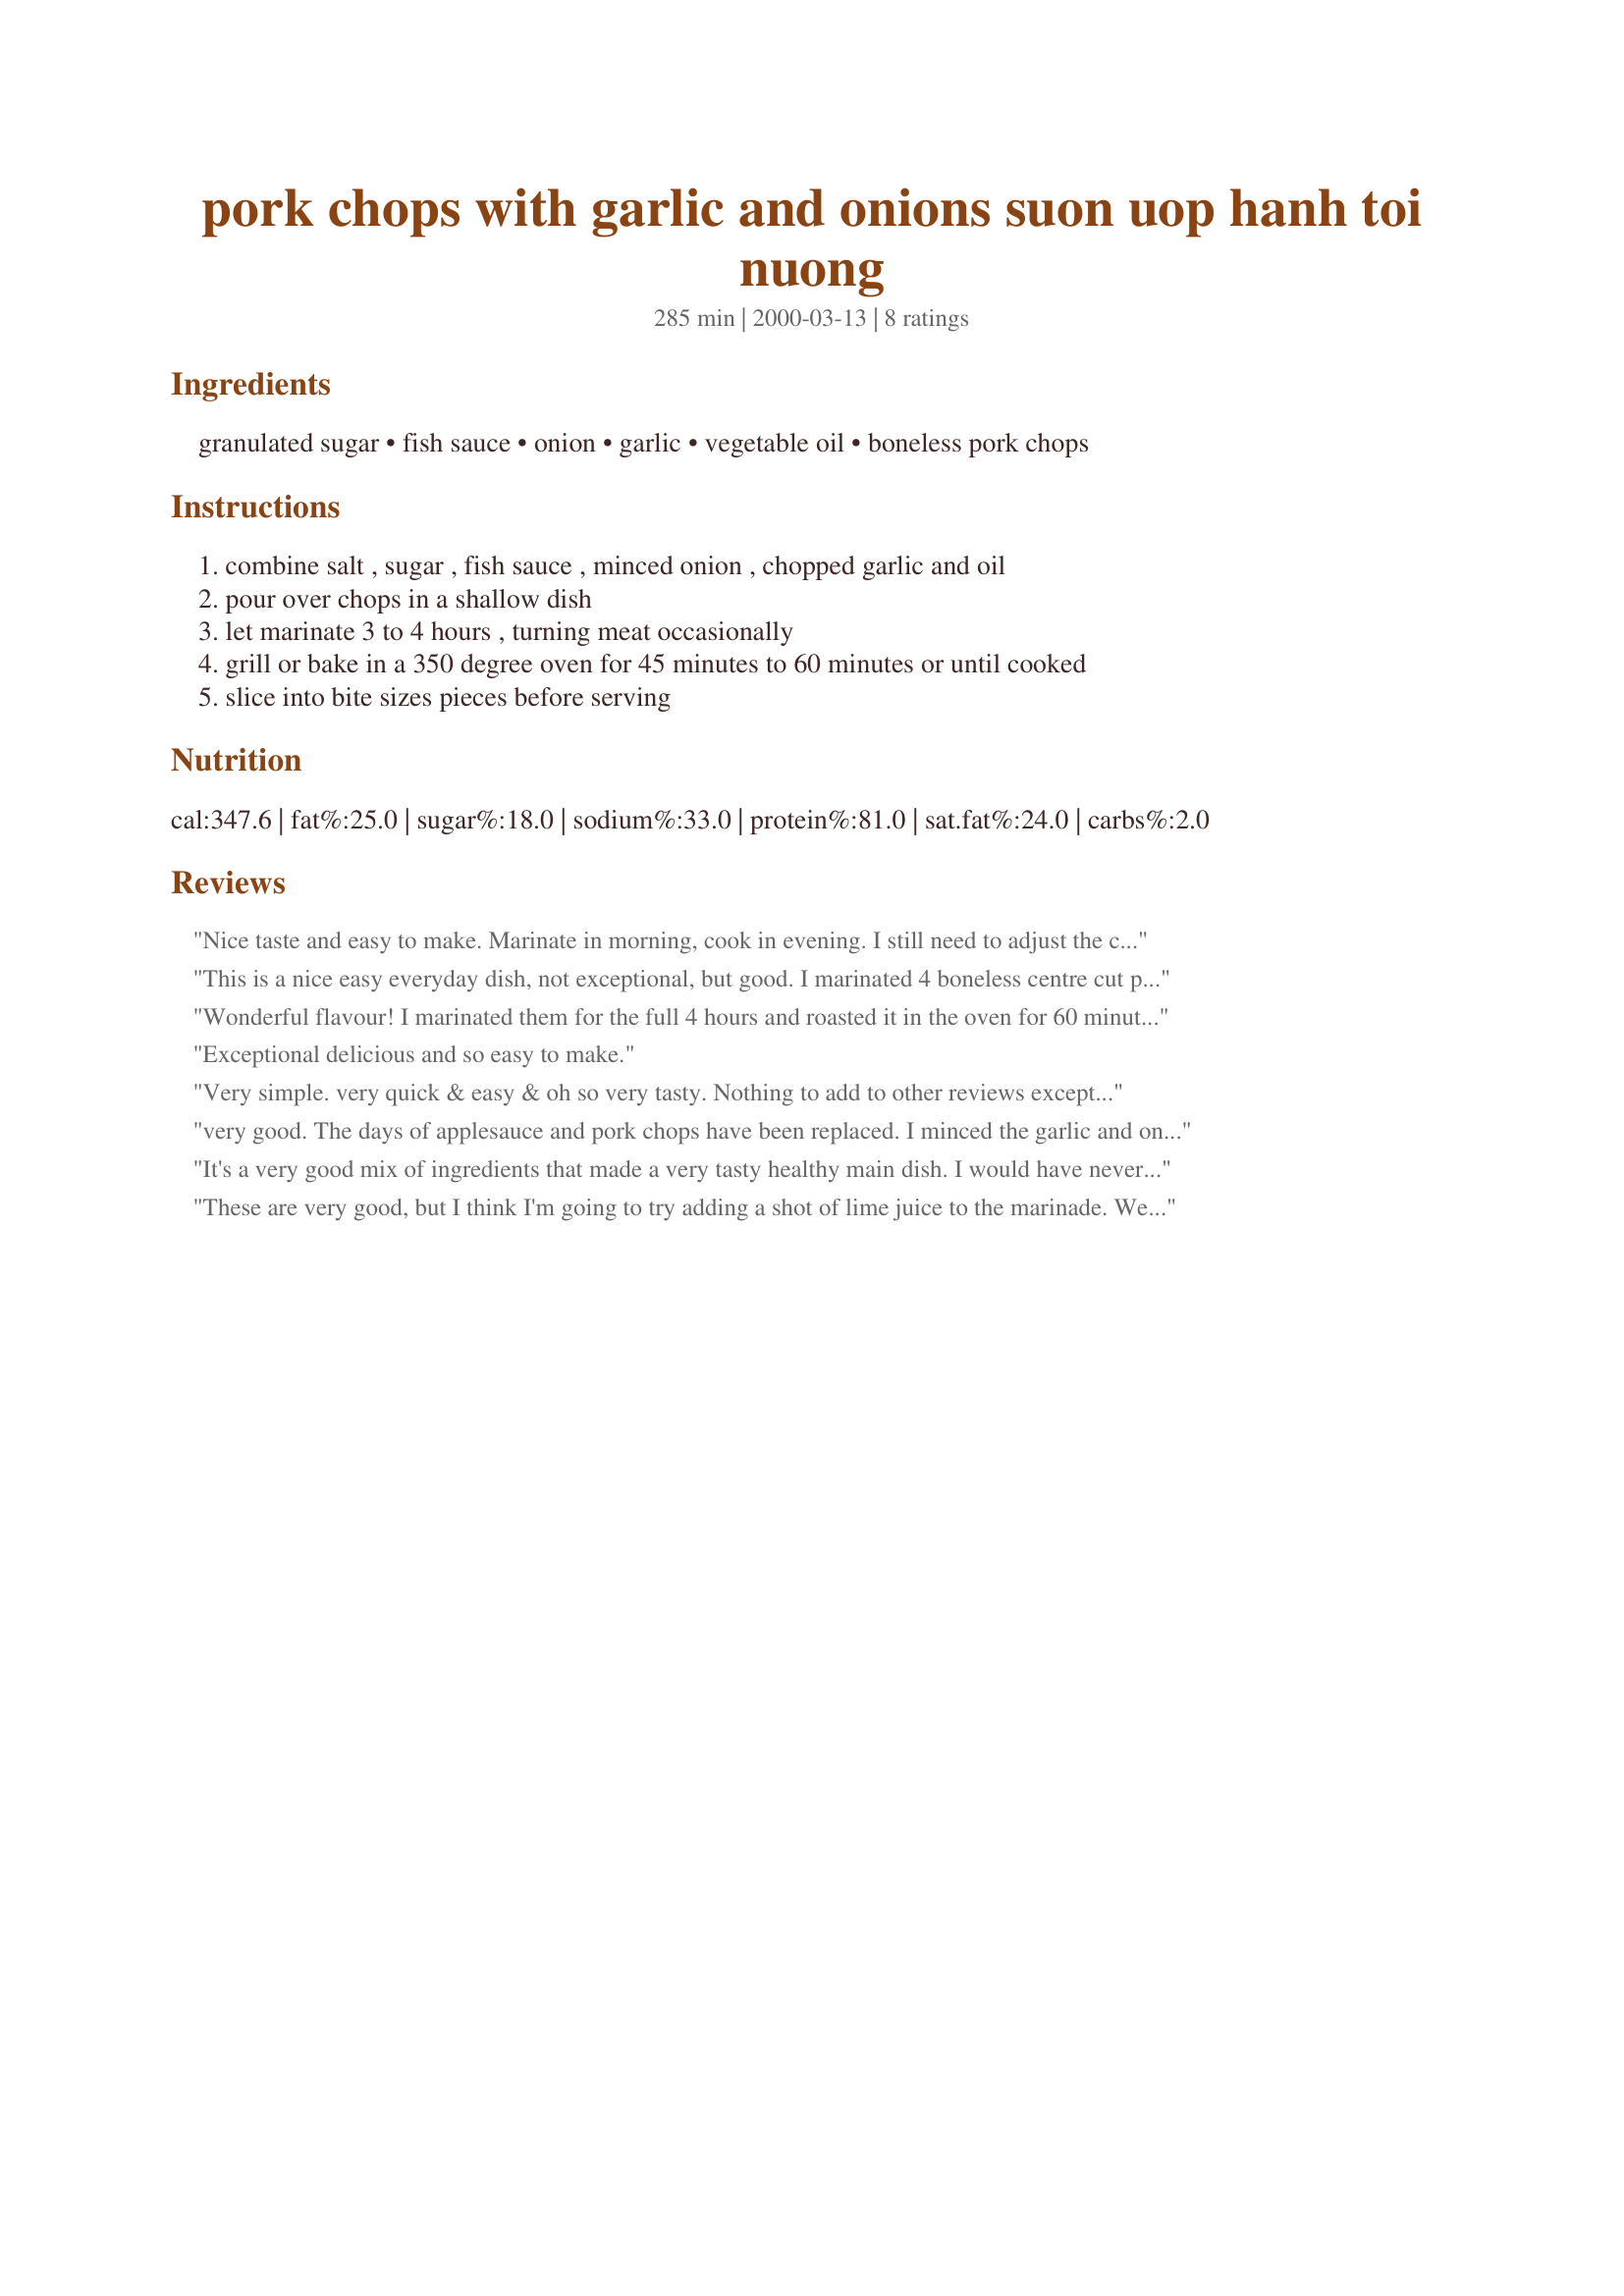
pork chops with garlic and onions suon uop hanh toi nuong
Preparation time: 285 minutes

Ingredients:
granulated sugar, fish sauce, onion, garlic, vegetable oil, boneless pork chops

Steps:
combine salt , sugar , fish sauce , minced onion , chopped garlic and oil, pour over chops in a shallow dish, let marinate 3 to 4 hours , turning meat occasionally, grill or bake in a 350 degree oven for 45 minutes to 60 minutes or until cooked, slice into bite sizes pieces before serving

Reviews:
Nice taste and easy to make. Marinate in morning, cook in evening. I still need to adjust the cooking time to reduce dryness.
This is a nice easy everyday dish, not exceptional, but good. I marinated 4 boneless centre cut pork chops for about 3 hours and then grilled.
Wonderful flavour! I marinated them for the full 4 hours and roasted it in the oven for 60 minutes leaving the marinade on them. They were lovely tender and moist and the marinade was very delicious! This recipe will be going to my hard copy, the flavour was outstanding!! Thanks for posting.
Exceptional delicious and so easy to make.
Very simple. very quick & easy & oh so very tasty. Nothing to add to other reviews except my thanks. Definitely a good keeper.
very good. The days of applesauce and pork chops have been replaced. I minced the garlic and onion to a paste in a processor, marinated it all day then cooked it. Nice aroma and great taste. Thank you
It's a very good mix of ingredients that made a very tasty healthy main dish. I would have never had thought to use fish sauce on pork chops, but the result was outstanding! Didn't have time to marinate for the specified time so probably should have cut down cooking time by about 10 mins. to prevent dryness. Thank you for a great recipe!
These are very good, but I think I'm going to try adding a shot of lime juice to the marinade. We grilled them and thought they were very good.
